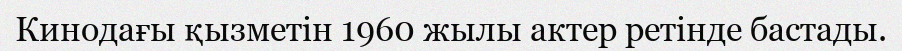
Кинодағы қызметін 1960 жылы актер ретінде бастады.